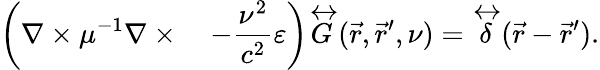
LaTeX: \left(\nabla\times\mu^{-1}\nabla\times\quad-\frac{\nu^{2}}{c^{2}}\varepsilon\right)\overleftrightarrow{G}(\vec{r},\vec{r}^{\prime},\nu)=\overleftrightarrow{\delta}(\vec{r}-\vec{r}^{\prime}).